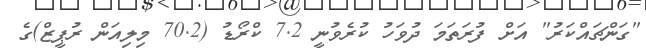
"ގަންޗައްކަރު" އަށް ފުރަތަމަ ދުވަހު ކުރެވުނީ 7.2 ކްރޯޑު (70.2 މިލިއަން ރުޕީޒް)ގެ